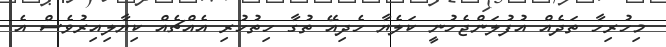
މިހުރިހާ ތަދެއް އުފުލަންޖެހުނީ ކަލެޔާ ހެދިއޭ ތުގާ ހިތުހުރި އެއްޗެއް ކިޔާލިއިރުވެސް އެ